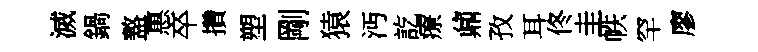
滅鍋盩惠卒攢塑剛猿沔訖療鼐孜耳佟圭帙罕廖